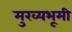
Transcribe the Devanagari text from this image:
मुख्यभूमी